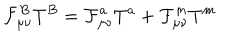
\mathcal { F } _ { \mu \nu } ^ { B } T ^ { B } = \mathcal { F } _ { \mu \nu } ^ { a } T ^ { a } + \mathcal { F } _ { \mu \nu } ^ { m } T ^ { m }